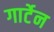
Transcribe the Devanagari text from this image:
गार्टेन